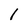
Character: I